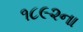
૧૮૯૨ના